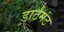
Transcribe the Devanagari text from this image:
डार्टमंट